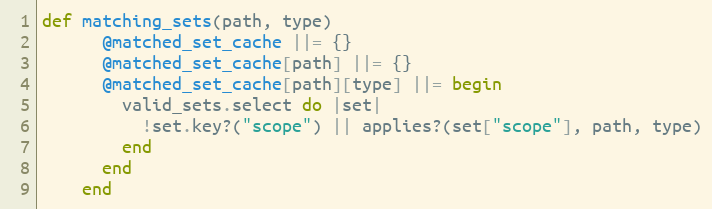
Language: Ruby
def matching_sets(path, type)
      @matched_set_cache ||= {}
      @matched_set_cache[path] ||= {}
      @matched_set_cache[path][type] ||= begin
        valid_sets.select do |set|
          !set.key?("scope") || applies?(set["scope"], path, type)
        end
      end
    end